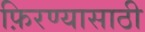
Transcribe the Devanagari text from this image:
फ़िरण्यासाठी